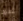
بخير